Report of the Imperial Institute of Veterinary Research, Muktesar
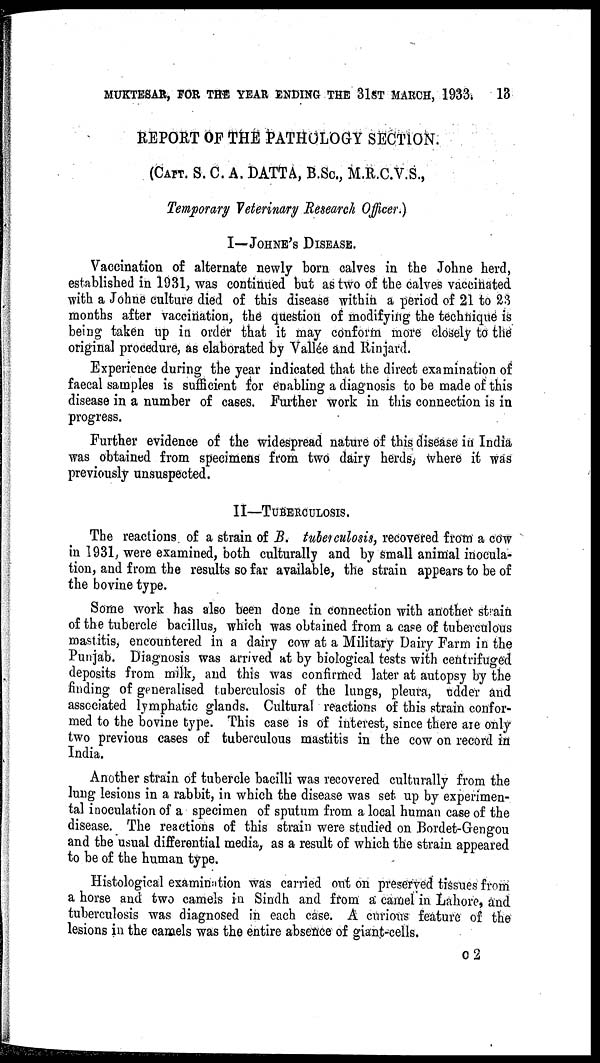
MUKTESAR, FOR THE YEAR ENDING THE 31ST MARCH, 1933.
13
REPORT OF THE PATHOLOGY SECTION.
(CAPT. S. C. A. DATTA, B.SC., M.R.C.V.S.,
Temporary Veterinary Research Officer.)
I—JOHNE'S DISEASE.
Vaccination of alternate newly born calves in the Johne herd,
established in 1931, was continued but as two of the calves vaccinated
with a Johne culture died of this disease within a period of 21 to 23
months after vaccination, the question of modifying the technique is
being taken up in order that it may conform more closely to the
original procedure, as elaborated by Vallée and Rinjard.
Experience during the year indicated that the direct examination of
faecal samples is sufficient for enabling a diagnosis to be made of this
disease in a number of cases. Further work in this connection is in
progress.
Further evidence of the widespread nature of this disease in India
was obtained from specimens from two dairy herds, where it was
previously unsuspected.
II—TUBERCULOSIS.
The reactions of a strain of B. tuberculosis, recovered from a cow
in 1931, were examined, both culturally and by small animal inocula-
tion, and from the results so far available, the strain appears to be of
the bovine type.
Some work has also been done in connection with another strain
of the tubercle bacillus, which was obtained from a case of tuberculous
mastitis, encountered in a dairy cow at a Military Dairy Farm in the
Punjab. Diagnosis was arrived at by biological tests with centrifuged
deposits from milk, and this was confirmed later at autopsy by the
finding of generalised tuberculosis of the lungs, pleura, udder and
associated lymphatic glands. Cultural reactions of this strain confor-
med to the bovine type. This case is of interest, since there are only
two previous cases of tuberculous mastitis in the cow on record in
India.
Another strain of tubercle bacilli was recovered culturally from the
lung lesions in a rabbit, in which the disease was set up by experimen-
tal inoculation of a specimen of sputum from a local human case of the
disease. The reactions of this strain were studied on Bordet-Gengou
and the usual differential media, as a result of which the strain appeared
to be of the human type.
Histological examination was carried out on preserved tissues from
a horse and two camels in Sindh and from a camel in Lahore, and
tuberculosis was diagnosed in each case. A curious feature of the
lesions in the camels was the entire absence of giant-cells.
C 2